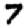
Digit: 7